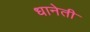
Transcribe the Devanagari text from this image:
धानेती